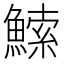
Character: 𬵠